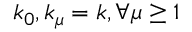
k _ { 0 } , k _ { \mu } = k , \forall \mu \geq 1